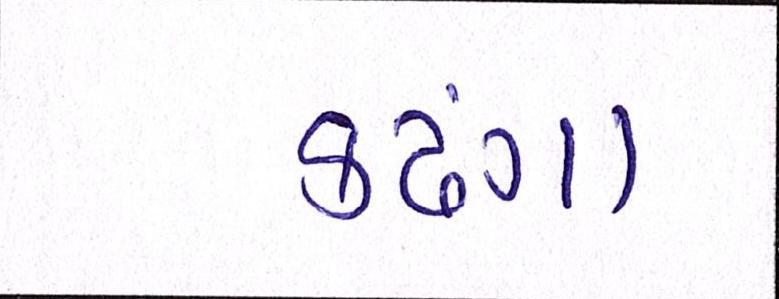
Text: કઢંગા